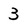
Character: 3